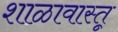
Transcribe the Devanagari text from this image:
शाळावास्तू